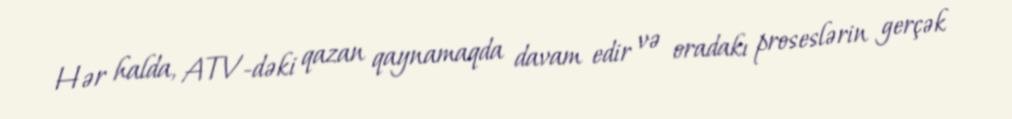
Hər halda, ATV-dəki qazan qaynamaqda davam edir və oradakı proseslərin gerçək